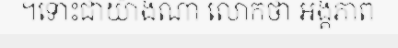
។ទោះជាយ៉ាងណា លោកថា អង្គភាព